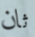
ثان